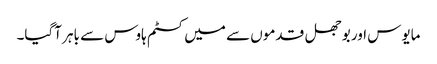
مایوس اور بوجھل قدموں سے میں کسٹم ہاوس سے باہر آگیا۔